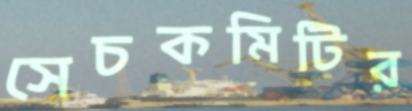
সেচকমিটির